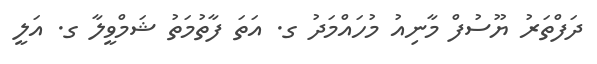
ދަފްތަރު ޔޫސުފް މާނިއު މުހައްމަދު ގ. އަތަ ފާތުމަތު ޝަމްވީލާ ގ. އަލީ